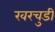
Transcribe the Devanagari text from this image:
खरचुडी